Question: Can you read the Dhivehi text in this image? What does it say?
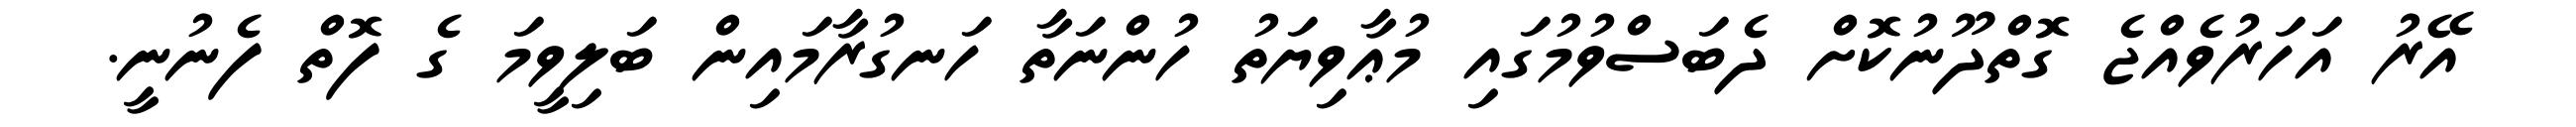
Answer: އޭރު އަހަރުވެއްޖެ ގޮތްދޫނުކޮށް ދެބަސްވުމުގައި މުޢާވިޔަތު ހުންނަތާ ހަނގުރާމައިން ބަލިވީމަ ގެ ފޮތް ފެނުނީ.